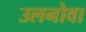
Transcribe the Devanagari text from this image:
उलनोवा